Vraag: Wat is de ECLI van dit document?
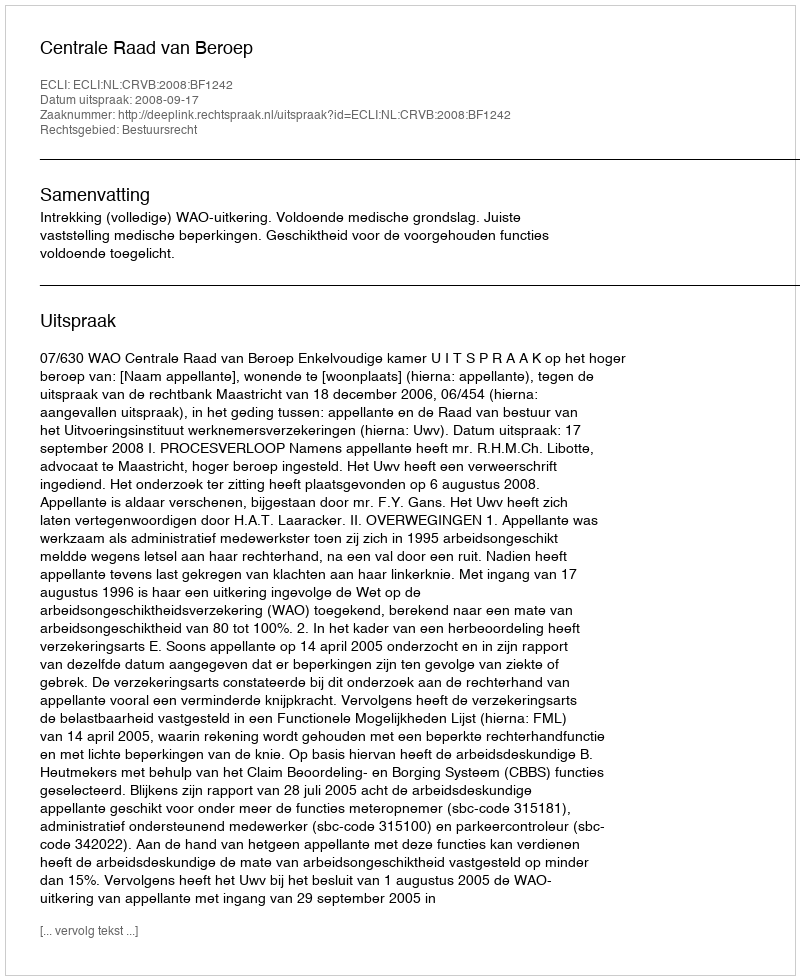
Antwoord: ECLI:NL:CRVB:2008:BF1242